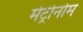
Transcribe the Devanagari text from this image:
मेट्रोनोम